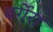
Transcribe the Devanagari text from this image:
बर्गेरा